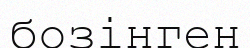
бозінген